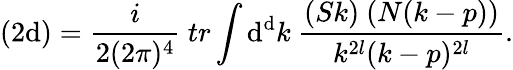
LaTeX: (2\mathrm{d})=\frac{{i}}{{2(2\pi)^{4}}}\ tr\int\mathrm{d}^{\mathrm{d}}k\ \frac{{(Sk)\ (N(k-p))}}{{k^{2l}(k-p)^{2l}}}.